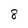
Character: 8